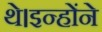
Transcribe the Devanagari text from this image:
थे।इन्होंने